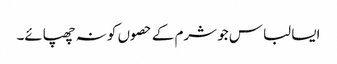
ایسا لباس جو شرم کے حصوں کو نہ چھپائے۔